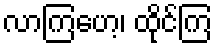
လာကြဟေ့၊ ထိုင်ကြ